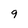
Character: 9